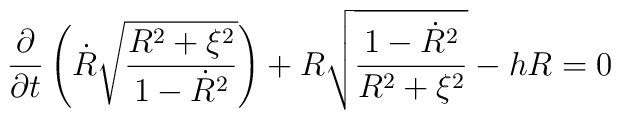
\frac{\partial}{\partial t}\left( \dot{R} \sqrt{\frac{R^2 + \xi^2}{1 - \dot{R}^2}}  \right)+ R \sqrt{\frac{1 - \dot{R}^2}{R^2 + \xi^2}} - h R = 0